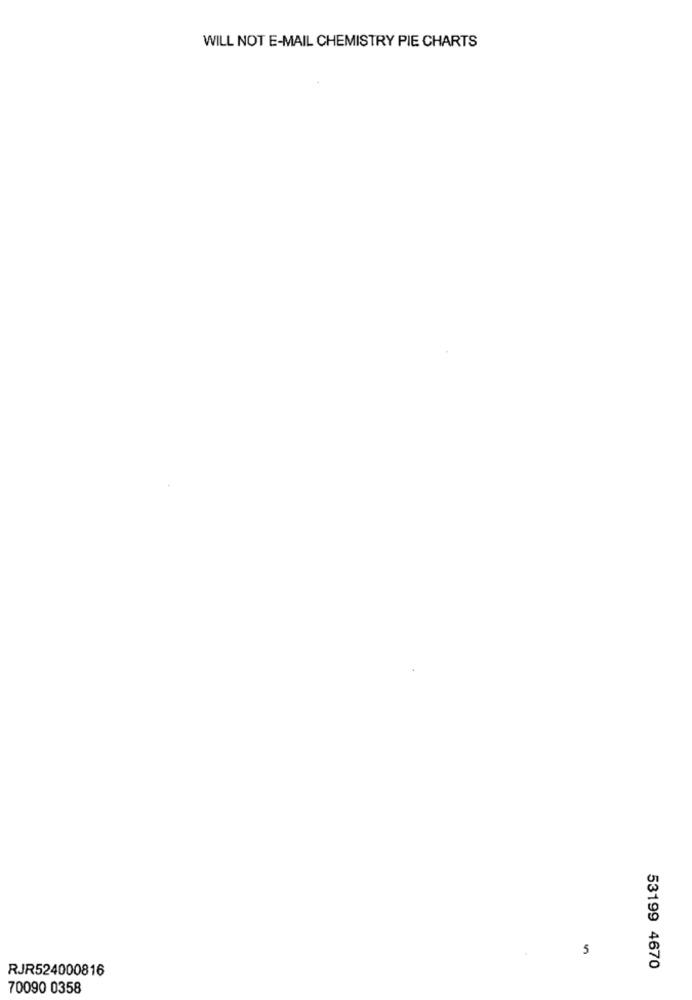
WILL NOT E-MAIL CHEMISTRY PIE CHARTS
5
RJR524000816
53199 4670
70090 0358